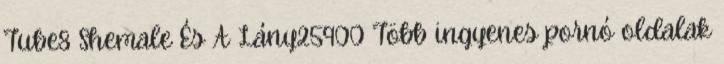
Tube8 Shemale És A Lány25900 Több ingyenes pornó oldalak